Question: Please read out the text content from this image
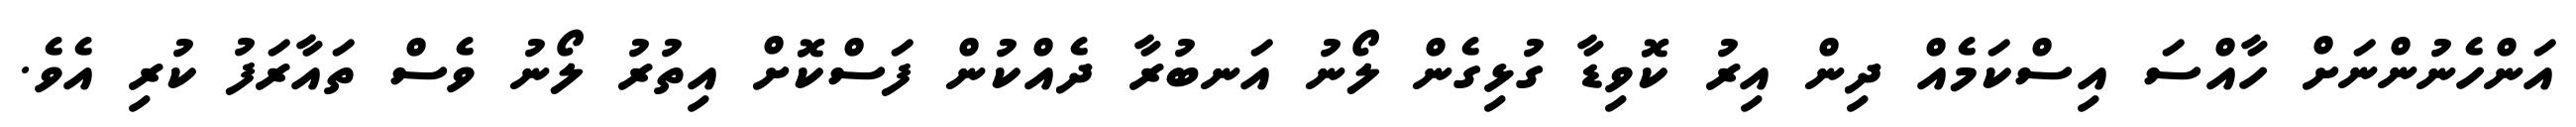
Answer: އަންހެނުންނަށް ހާއްސަ އިސްކަމެއް ދިން އިރު ކޮވިޑާ ގުޅިގެން ލޯނު އަނބުރާ ދެއްކުން ފަސްކޮށް އިތުރު ލޯނު ވެސް ތައާރަފު ކުރި އެވެ.